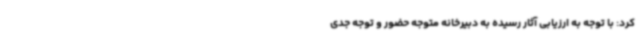
کرد: با توجه به ارزیابی آثار رسیده به دبیرخانه متوجه حضور و توجه جدی